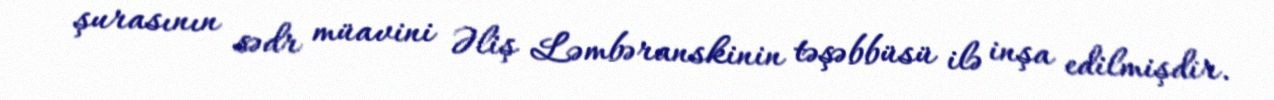
şurasının sədr müavini Əliş Ləmbəranskinin təşəbbüsü ilə inşa edilmişdir.